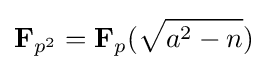
\mathbf {F} _{p^{2}}=\mathbf {F} _{p}({\sqrt {a^{2}-n}})